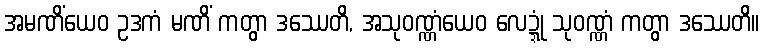
အမဏိံယေဝ ဥဒကံ မဏိံ ကတွာ ဒဿေတိ, အသုဝဏ္ဏံယေဝ လေဍ္ဍုံ သုဝဏ္ဏံ ကတွာ ဒဿေတိ။